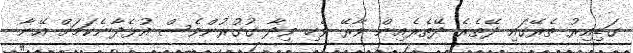
ގަޑިއިރު ތެރޭގައި ދޭތެރެ ދޭތެރެއިން ވާރޭ ވެހި ވިދާ ގުގުރުންވެސް އުޅެދާނެކަމަށް އޭނާ